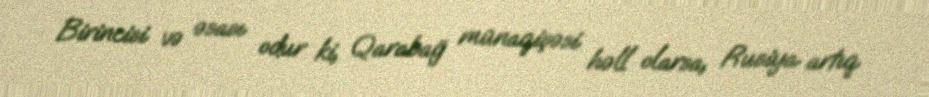
Birincisi və əsası odur ki, Qarabağ münaqişəsi həll olarsa, Rusiya artıq